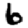
Digit: 6